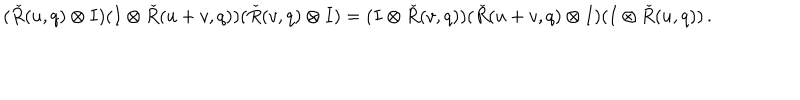
( \check { R } ( u , q ) \otimes I ) ( I \otimes \check { R } ( u + v , q ) ) ( \check { R } ( v , q ) \otimes I ) = ( I \otimes \check { R } ( v , q ) ) ( \check { R } ( u + v , q ) \otimes I ) ( I \otimes \check { R } ( u , q ) ) \, .